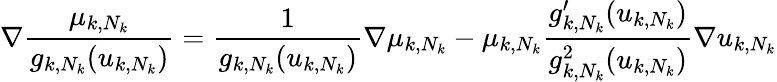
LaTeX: \nabla\frac{\mu_{k,N_{k}}}{g_{k,N_{k}}(u_{k,N_{k}})}=\frac{1}{g_{k,N_{k}}(u_{k,N_{k}})}\nabla\mu_{k,N_{k}}-\mu_{k,N_{k}}\frac{g_{k,N_{k}}^{\prime}(u_{k,N_{k}})}{g_{k,N_{k}}^{2}(u_{k,N_{k}})}\nabla u_{k,N_{k}}